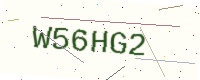
Text: W56HG2